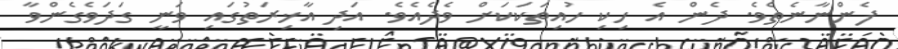
ފެންނާނެތެވެ. ދެން އެ ހިކި ހުއިތަކަކަށް ވެދެއެވެ. އަދި އާޚިރަތުގައި ވަނީ ގަދަވެގެންވާ